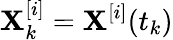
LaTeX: \mathbf{X}_{k}^{[i]}=\mathbf{X}^{[i]}(t_{k})